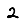
Digit: 2